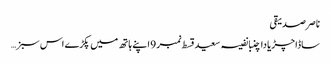
ناصر صدیقی
ساڈا چڑیا دا چنبا نفیسہ سعید قسط نمبر 9 اپنے ہاتھ میں پکڑے اس سبز …